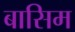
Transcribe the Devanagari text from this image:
बासिम